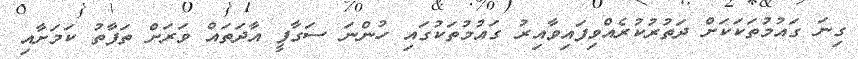
ގިނަ ގައުމުތަކަކަށް ދަތުރުކުރެއްވިފައިވާއިރު ގައުމުތަކުގައި ހުންނަ ސަގާފީ އާދަތައް ވަރަށް ތަފާތު ކަމަށާއި